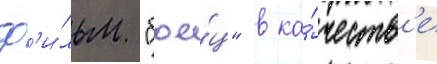
ф'и́льм "бое́ц" в ка́честв'е